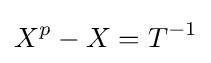
X^{p}-X=T^{-1}